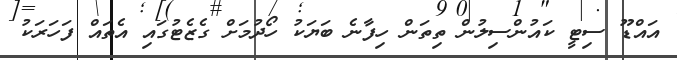
އައްޑޫ ސިޓީ ކައުންސިލުން ތިތަން ހިފާނެ ބަޔަކު ހޯދުމަށް ގެޒެޓުގައި އެތައް ފަހަރަކު